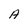
Character: A